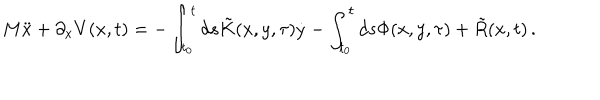
M \ddot { x } + \partial _ { x } V ( x , t ) = - \int _ { t _ { 0 } } ^ { t } d s \tilde { K } ( x , y , \tau ) \dot { y } - \int _ { t _ { 0 } } ^ { t } d s \Phi ( x , y , \tau ) + \tilde { R } ( x , t ) \, .